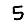
Digit: 5